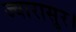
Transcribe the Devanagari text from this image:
ज्वारासुर।